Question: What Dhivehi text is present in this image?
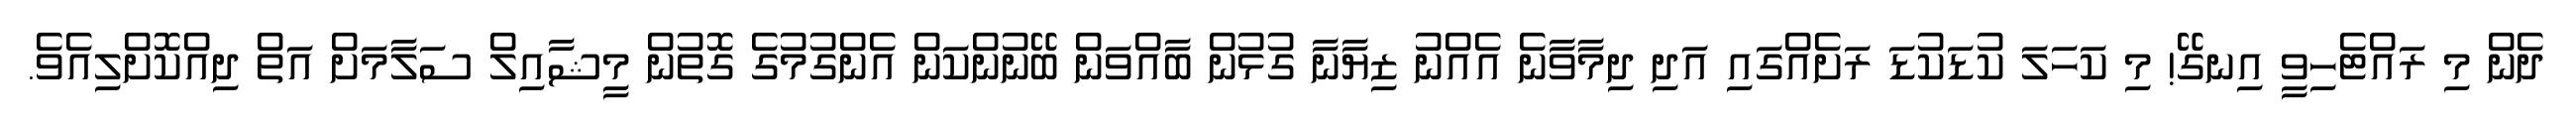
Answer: ދެން މި ރައްޓެހިވީ އިނގޭ! މި ކަހަލަ ކުޑަކުޑަ ރަށެއްގައި އަދި ދިމާވާނެ އެއްނު ޒިޔާނާ ގުޅުން ބާއްވަން ބޭނުންކަން އެންގުމުގެ ގޮތުން މީޝާއިލް ސަލާމަށް އަތް ދިއްކޮށްލިއެވެ.